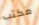
مكتب